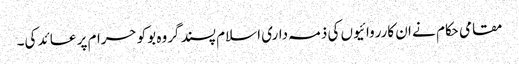
مقامی حکام نے ان کارروائیوں کی ذمہ داری اسلام پسند گروہ بوکو حرام پر عائد کی۔